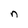
Character: n